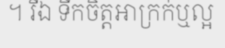
។ រីឯ ទឹកចិត្តអាក្រក់ឬល្អ